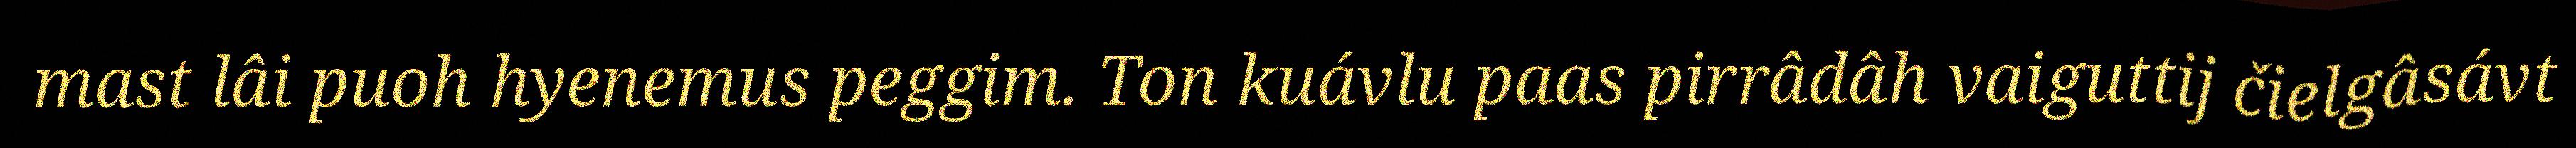
mast lâi puoh hyenemus peggim. Ton kuávlu paas pirrâdâh vaiguttij čielgâsávt